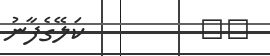
٢١         ކަލޭގެފާނު